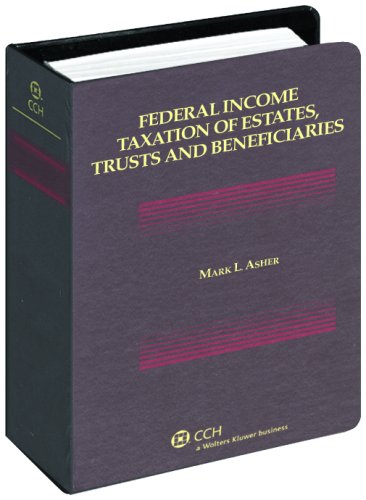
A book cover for Federal Income Taxation of Estates, Trusts and Beneficiaries; M. Carr Ferguson; Business & Money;